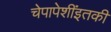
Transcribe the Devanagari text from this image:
चेपापेशींइतकी